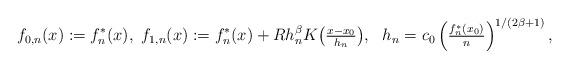
LaTeX: \begin{align*}f_{0,n}(x) := f_n^*(x) , \ f_{1,n}(x) := f_n^*(x)+ R h_n^\beta K\big(\tfrac{x-x_0}{h_n} \big) , \ \ h_n = c_0 \left(\tfrac{f_n^*(x_0)}{n}\right)^{1/(2\beta+1)},\end{align*}